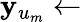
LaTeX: \mathbf{y}_{u_{m}}\gets